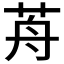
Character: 𦭸